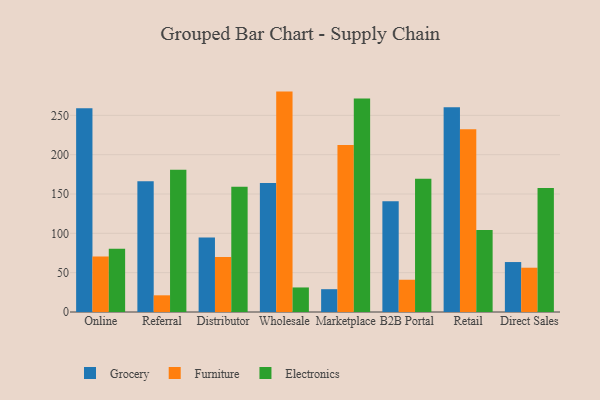
{"axis": {"x": "Channel", "y": "Shipments"}, "legend": ["Electronics", "Furniture", "Grocery"], "data": [{"x": "Online", "y": 259.1, "type": "Grocery"}, {"x": "Online", "y": 70.7, "type": "Furniture"}, {"x": "Online", "y": 80.4, "type": "Electronics"}, {"x": "Referral", "y": 166.3, "type": "Grocery"}, {"x": "Referral", "y": 21.2, "type": "Furniture"}, {"x": "Referral", "y": 181.0, "type": "Electronics"}, {"x": "Distributor", "y": 94.7, "type": "Grocery"}, {"x": "Distributor", "y": 69.9, "type": "Furniture"}, {"x": "Distributor", "y": 159.1, "type": "Electronics"}, {"x": "Wholesale", "y": 164.1, "type": "Grocery"}, {"x": "Wholesale", "y": 280.2, "type": "Furniture"}, {"x": "Wholesale", "y": 31.2, "type": "Electronics"}, {"x": "Marketplace", "y": 29.0, "type": "Grocery"}, {"x": "Marketplace", "y": 212.2, "type": "Furniture"}, {"x": "Marketplace", "y": 271.5, "type": "Electronics"}, {"x": "B2B Portal", "y": 140.9, "type": "Grocery"}, {"x": "B2B Portal", "y": 41.0, "type": "Furniture"}, {"x": "B2B Portal", "y": 169.4, "type": "Electronics"}, {"x": "Retail", "y": 260.3, "type": "Grocery"}, {"x": "Retail", "y": 232.2, "type": "Furniture"}, {"x": "Retail", "y": 104.4, "type": "Electronics"}, {"x": "Direct Sales", "y": 63.5, "type": "Grocery"}, {"x": "Direct Sales", "y": 56.3, "type": "Furniture"}, {"x": "Direct Sales", "y": 157.5, "type": "Electronics"}]}